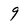
Character: 9